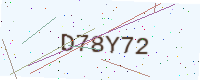
Text: D78Y72